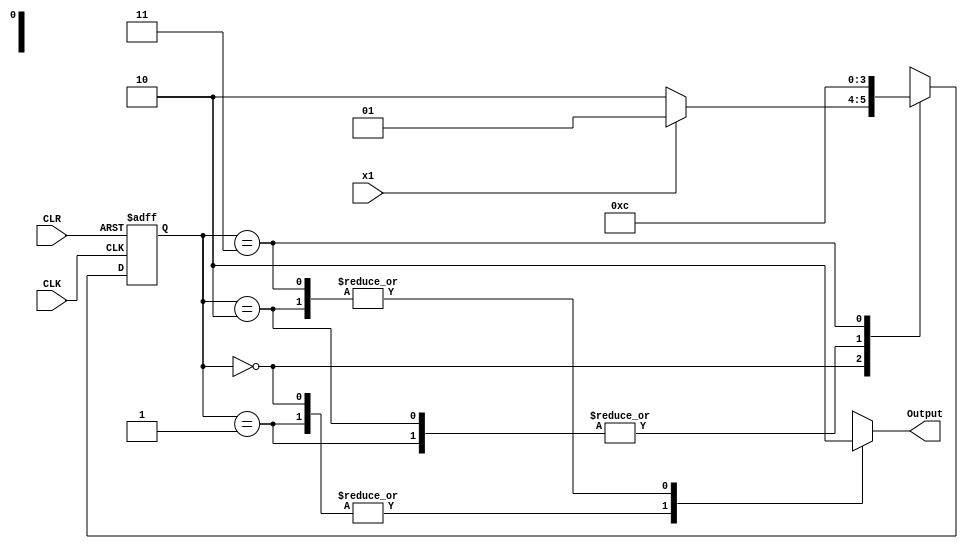
`timescale 1ns / 1ps

module Three_Process(
    input CLK,
    input CLR,
    input x1,
    output reg Output
    );
	 
	 reg [1:0] state, next_state;
	 parameter s1 = 2'b00;
	 parameter s2 = 2'b01;
	 parameter s3 = 2'b10;
	 parameter s4 = 2'b11;
	 initial state = 2'b00;
	 
	 always @ (posedge CLK or posedge CLR) begin
		if (CLR)
			state <= s1;
			else state <= next_state;
	 end
	 
	 always @ (state or x1) begin
		case (state)
			s1:
				if(x1 == 1'b1)
					next_state = s2;
				else
					next_state = s3;
			s2: next_state = s4;
			s3: next_state = s4;
			s4: next_state = s1;
		endcase
	 end
	 
	 always @ (state) begin
		case (state)
			s1: Output = 1'b1;
			s2: Output = 1'b1;
			s3: Output = 1'b0;
			s4: Output = 1'b0;
		endcase
	 end
endmodule